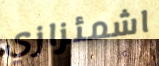
اشمئزازي